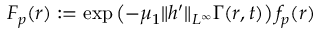
F _ { p } ( r ) : = \exp \left( - \mu _ { 1 } \| h ^ { \prime } \| _ { L ^ { \infty } } \Gamma ( r , t ) \right) f _ { p } ( r )